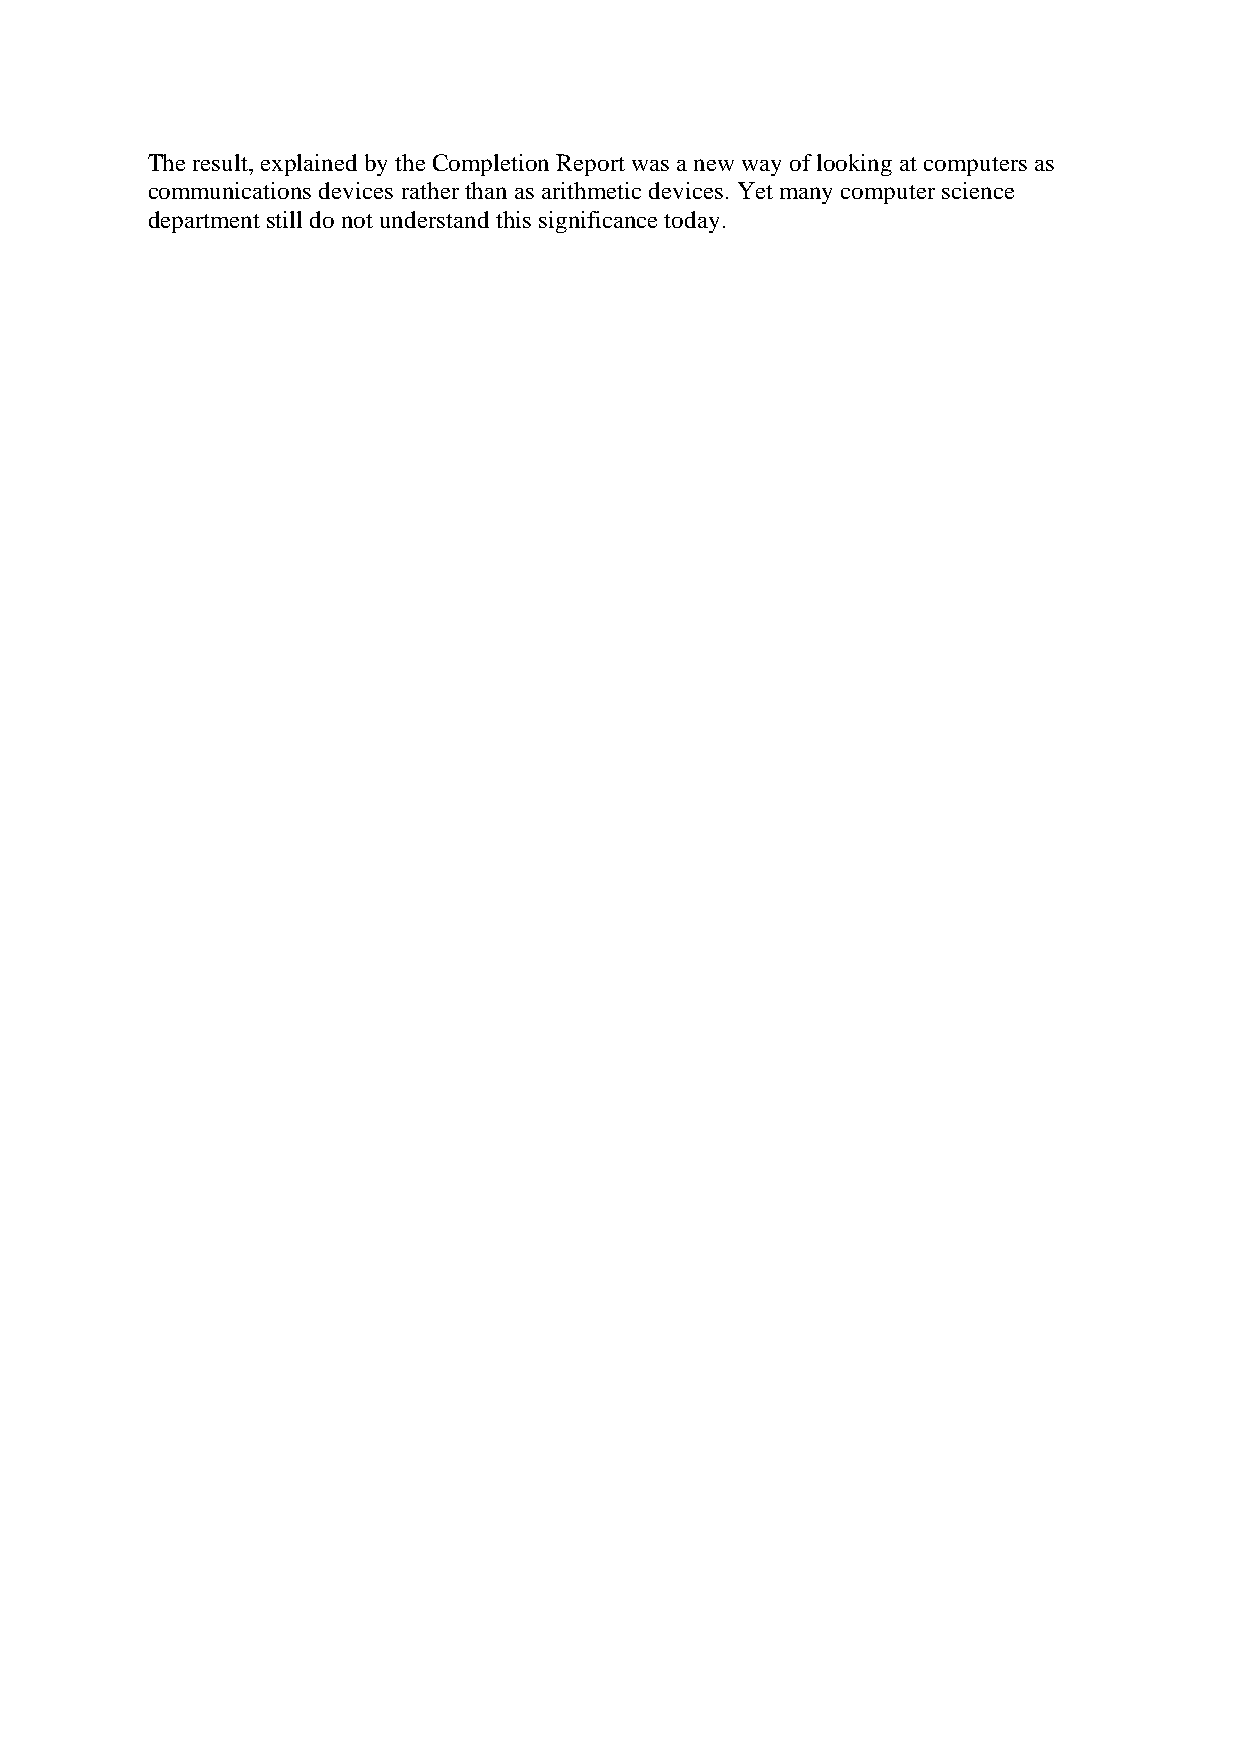
The result, explained by the Completion Report was a new way of looking at computers as
 communications devices rather than as arithmetic devices. Yet many computer science
 department still do not understand this significance today.